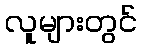
လူများတွင်